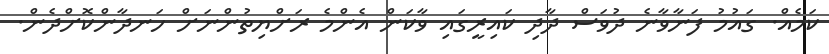
ކަމެއް. ގައުމު ފަނާވާނެ ދުވަސް ދާދި ކައިރީގައި ވާކަން އެންމެ ރަށްޔިތުންނަށް ހަނދާންކޮށްދެން.